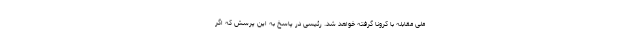
ملی مقابله با کرونا گرفته خواهد شد. رئیسی در پاسخ به این پرسش که اگر